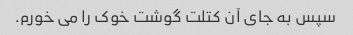
سپس به جای آن کتلت گوشت خوک را می خورم.